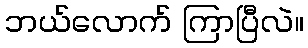
ဘယ်လောက် ကြာပြီလဲ။